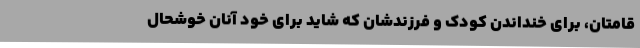
قامتان، برای خنداندن کودک و فرزندشان که شاید برای خود آنان خوشحال